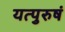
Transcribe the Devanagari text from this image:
यत्पुरुषं